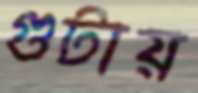
গুটায়